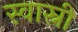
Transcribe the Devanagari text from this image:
स्वास्नी